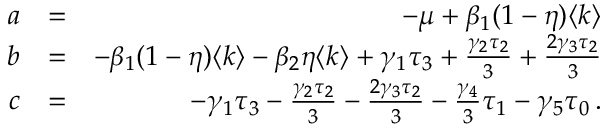
\begin{array} { r l r } { a } & { = } & { - \mu + \beta _ { 1 } ( 1 - \eta ) \langle k \rangle } \\ { b } & { = } & { - \beta _ { 1 } ( 1 - \eta ) \langle k \rangle - \beta _ { 2 } \eta \langle k \rangle + \gamma _ { 1 } \tau _ { 3 } + \frac { \gamma _ { 2 } \tau _ { 2 } } { 3 } + \frac { 2 \gamma _ { 3 } \tau _ { 2 } } { 3 } } \\ { c } & { = } & { - \gamma _ { 1 } \tau _ { 3 } - \frac { \gamma _ { 2 } \tau _ { 2 } } { 3 } - \frac { 2 \gamma _ { 3 } \tau _ { 2 } } { 3 } - \frac { \gamma _ { 4 } } { 3 } \tau _ { 1 } - \gamma _ { 5 } \tau _ { 0 } \, . } \end{array}